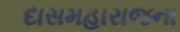
દાસમહારાજના